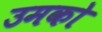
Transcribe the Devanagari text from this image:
उमको